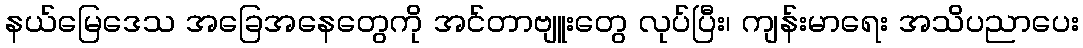
နယ်မြေဒေသ အခြေအနေတွေကို အင်တာဗျူးတွေ လုပ်ပြီး၊ ကျန်းမာရေး အသိပညာပေး